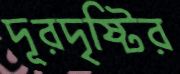
দূরদৃষ্টির